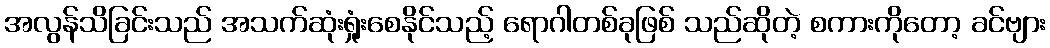
အလွန်သိခြင်းသည် အသက်ဆုံးရှုံးစေနိုင်သည့် ရောဂါတစ်ခုဖြစ် သည်ဆိုတဲ့ စကားကိုတော့ ခင်ဗျား